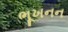
ભૂખનન